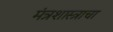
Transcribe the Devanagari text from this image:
मंत्रशास्त्राचा